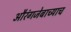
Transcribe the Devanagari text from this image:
औरंगजेबाच्याच